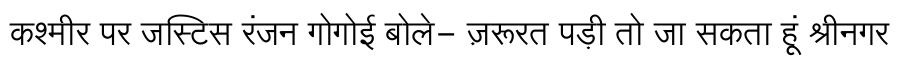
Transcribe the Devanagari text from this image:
कश्मीर पर जस्टिस रंजन गोगोई बोले- ज़रूरत पड़ी तो जा सकता हूं श्रीनगर